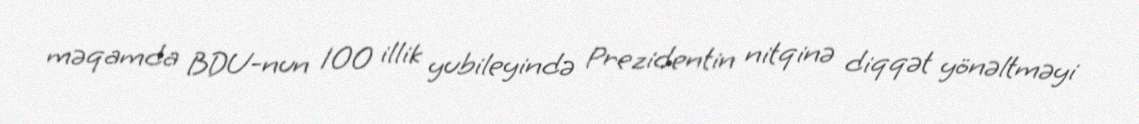
məqamda BDU-nun 100 illik yubileyində Prezidentin nitqinə diqqət yönəltməyi